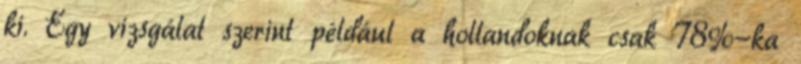
ki. Egy vizsgálat szerint például a hollandoknak csak 78%-ka